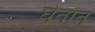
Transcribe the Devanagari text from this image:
घेतांत